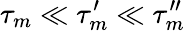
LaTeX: \tau_{m}\ll\tau_{m}^{\prime}\ll\tau_{m}^{\prime\prime}